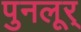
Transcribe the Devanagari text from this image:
पुनलूर्